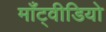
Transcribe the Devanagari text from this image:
माँट्वीडियो